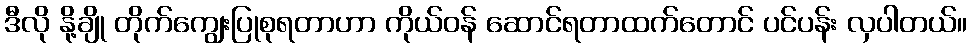
ဒီလို နို့ချို တိုက်ကျွေးပြုစုရတာဟာ ကိုယ်ဝန် ဆောင်ရတာထက်တောင် ပင်ပန်း လှပါတယ်။